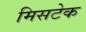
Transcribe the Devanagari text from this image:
मिसटेक